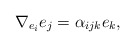
\begin{align*}\nabla _{e_{i}}e_{j} = \alpha _{ijk} e_{k},\end{align*}